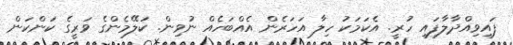
ފައިވިއްދާލާފައި ހުރީ. އެކަަމަކު ހިލާ އަހަރެން އެއްބަހެއް ނުވިން. ކަލޭމެންގެ ވަރީގެ ކަންކަން